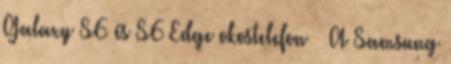
Galaxy S6 és S6 Edge okostelefon » A Samsung